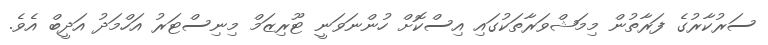
ސަރުކާރުގެ ފަރާތުން މިމަޝްވަރާތަކުގައި އިސްކޮށް ހުންނަވަނީ ޓޫރިޒަމް މިނިސްޓަރު އަހްމަދު އަދީބް އެވެ.